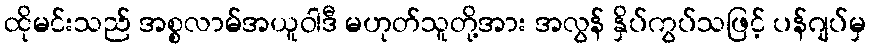
ထိုမင်းသည် အစ္စလာမ်အယူဝါဒီ မဟုတ်သူတို့အား အလွန် နှိပ်ကွပ်သဖြင့် ပန်ဂျပ်မှ